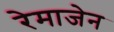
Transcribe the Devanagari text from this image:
रेमाजेन